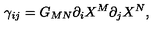
\gamma _ { i j } = G _ { M N } \partial _ { i } X ^ { M } \partial _ { j } X ^ { N } ,